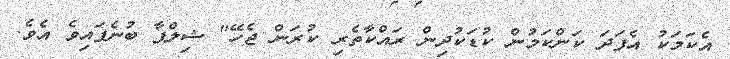
އެކަމަކު އެފަދަ ކަންކަމުން ކުޑަކުދިން ރައްކާތެރި ކުރަން ޖެހޭ" ޝިލްޕާ ބުނެފައިވެ އެވެ.